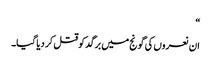
“
ان نعروں کی گونج میں برگد کو قتل کر دیا گیا۔